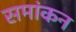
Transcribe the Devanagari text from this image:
समांकन